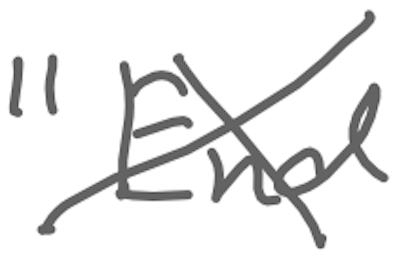
Text: "End
Cross-out: cross
Writing tool: digital_gray